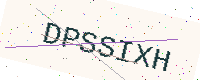
Text: DPSSIXH